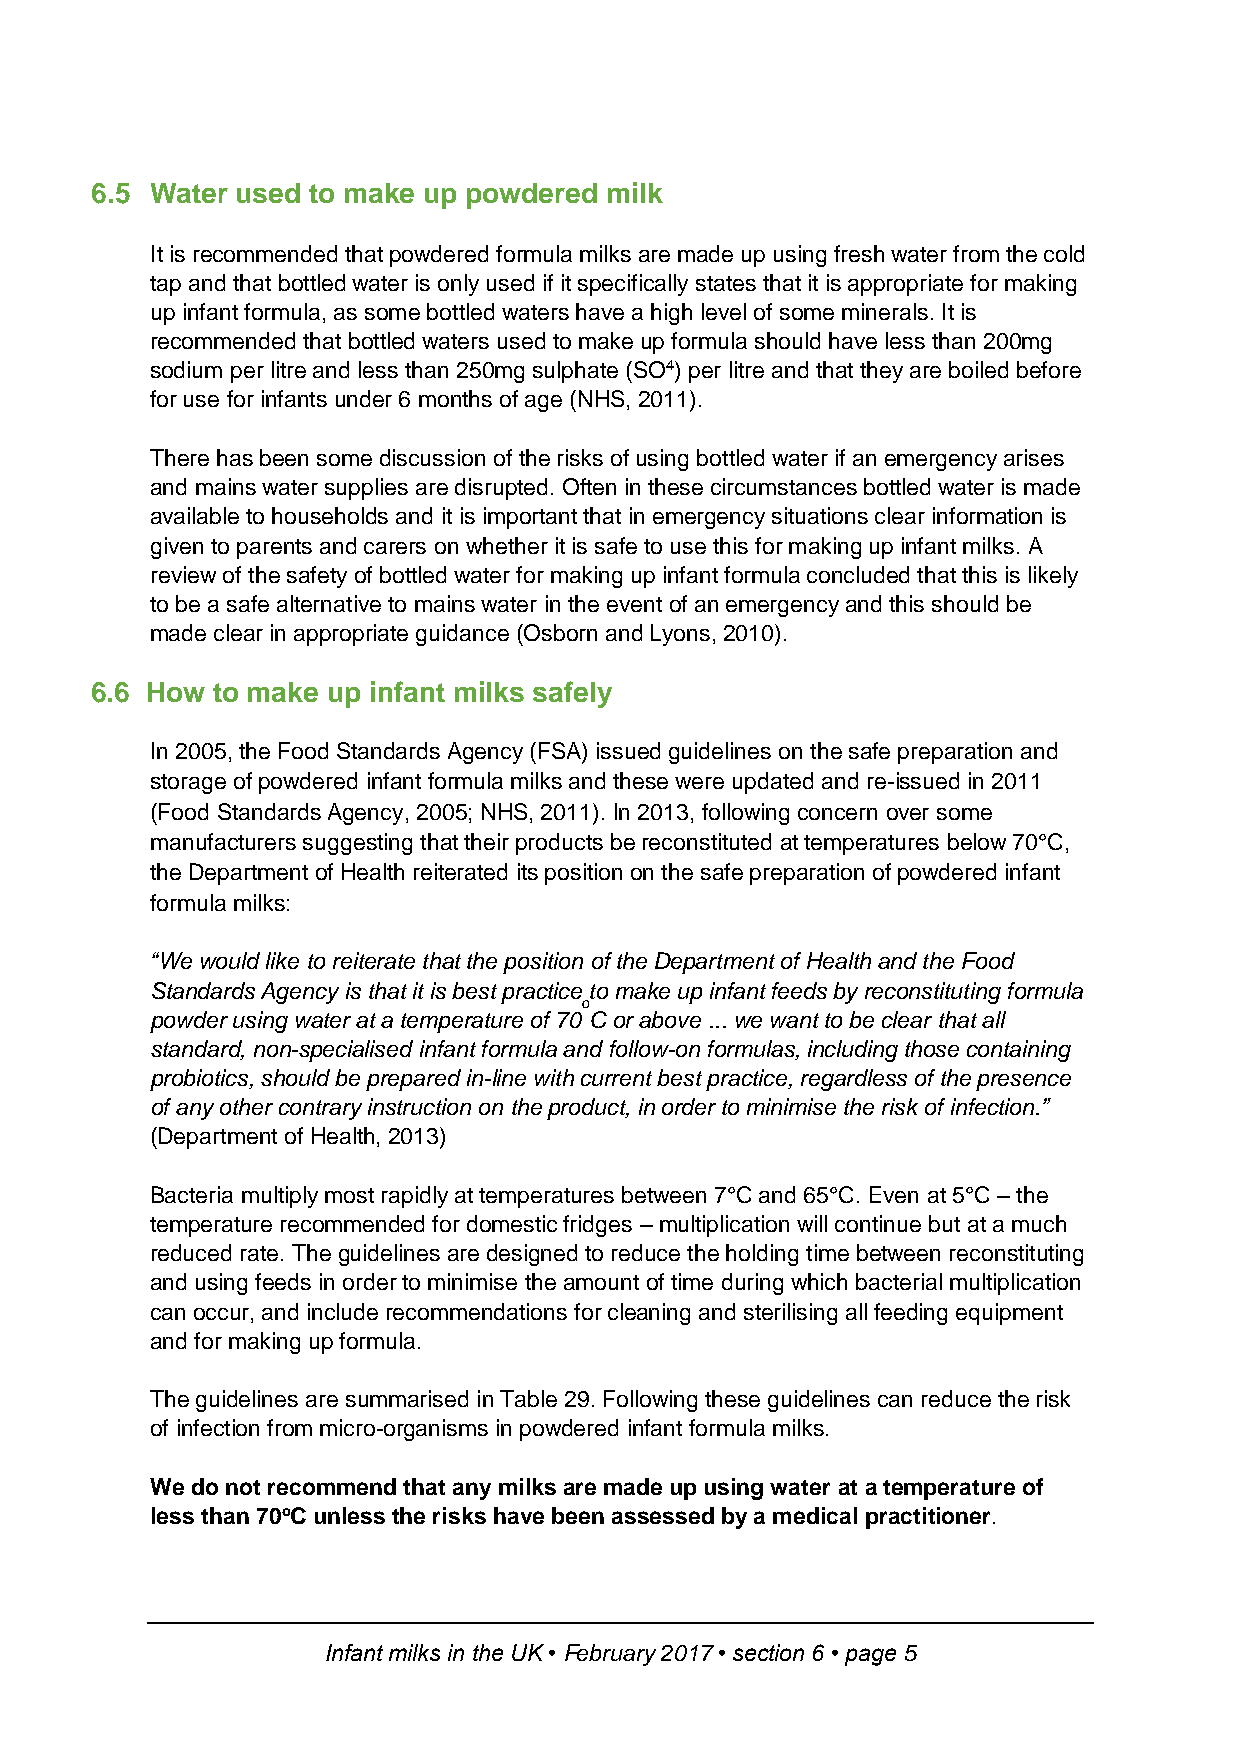
6.5 Water used to make up powdered milk
 It is recommended that powdered formula milks are made up using fresh water from the cold
 tap and that bottled water is only used if it specifically states that it is appropriate for making
 up infant formula, as some bottled waters have a high level of some minerals. It is
 recommended that bottled waters used to make up formula should have less than 200mg
 sodium per litre and less than 250mg sulphate (SO4) per litre and that they are boiled before
 for use for infants under 6 months of age (NHS, 2011).
 There has been some discussion of the risks of using bottled water if an emergency arises
 and mains water supplies are disrupted. Often in these circumstances bottled water is made
 available to households and it is important that in emergency situations clear information is
 given to parents and carers on whether it is safe to use this for making up infant milks. A
 review of the safety of bottled water for making up infant formula concluded that this is likely
 to be a safe alternative to mains water in the event of an emergency and this should be
 made clear in appropriate guidance (Osborn and Lyons, 2010).
 6.6 How to make up infant milks safely
 In 2005, the Food Standards Agency (FSA) issued guidelines on the safe preparation and
 storage of powdered infant formula milks and these were updated and re-issued in 2011
 (Food Standards Agency, 2005; NHS, 2011). In 2013, following concern over some
 manufacturers suggesting that their products be reconstituted at temperatures below 70°C,
 the Department of Health reiterated its position on the safe preparation of powdered infant
 formula milks:
 “We would like to reiterate that the position of the Department of Health and the Food
 Standards Agency is that it is best practice to make up infant feeds by reconstituting formula
 o
 powder using water at a temperature of 70 C or above ... we want to be clear that all
 standard, non-specialised infant formula and follow-on formulas, including those containing
 probiotics, should be prepared in-line with current best practice, regardless of the presence
 of any other contrary instruction on the product, in order to minimise the risk of infection.”
 (Department of Health, 2013)
 Bacteria multiply most rapidly at temperatures between 7°C and 65°C. Even at 5°C – the
 temperature recommended for domestic fridges – multiplication will continue but at a much
 reduced rate. The guidelines are designed to reduce the holding time between reconstituting
 and using feeds in order to minimise the amount of time during which bacterial multiplication
 can occur, and include recommendations for cleaning and sterilising all feeding equipment
 and for making up formula.
 The guidelines are summarised in Table 29. Following these guidelines can reduce the risk
 of infection from micro-organisms in powdered infant formula milks.
 We do not recommend that any milks are made up using water at a temperature of
 less than 70oC unless the risks have been assessed by a medical practitioner.
 Infant milks in the UK • February 2017 • section 6 • page 5